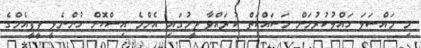
މި މައްސަލަ ހައްލުކުރުމަށް މަސައްކަތް ކުރައްވާ ޓީމުގައި އެންމެ އިސްކޮށް ހުންނެވީ ޕީޕީއެމްގެ